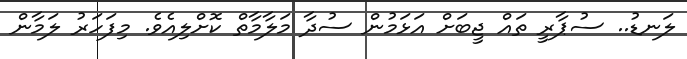
ލަނޑު.. ސުޕާރީ ތައް ޖީބަށް އަޅަމުން ސުދާ މަލާމާތް ކޮށްލިއެވެ. މިފަހަރު ލަމާން